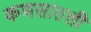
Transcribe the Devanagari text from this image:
कणसातली